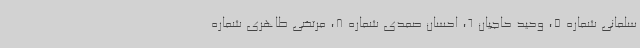
سلمانی شماره 5، وحید حاجیان 6، احسان صمدی شماره 8، مرتضی طاهری شماره